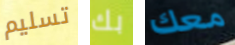
تسليم بك معك